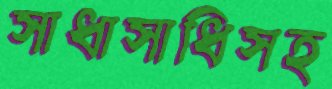
সাধাসাধিসহ